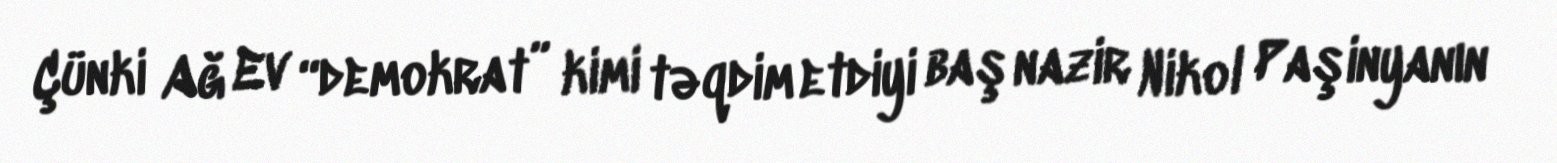
Çünki Ağ Ev “demokrat” kimi təqdim etdiyi baş nazir Nikol Paşinyanın